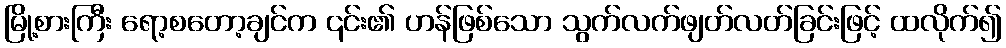
မြို့စားကြီး ရော့စတော့ချင်က ၎င်း၏ ဟန်ဖြစ်သော သွက်လက်ဖျတ်လတ်ခြင်းဖြင့် ထလိုက်၍